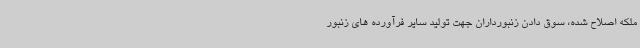
ملکه اصلاح شده، سوق دادن زنبورداران جهت تولید سایر فرآورده های زنبور